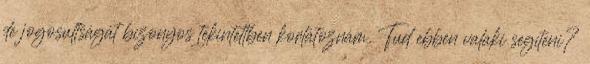
de jogosultságát bizonyos tekintettben korlátoznám. Tud ebben valaki segíteni?